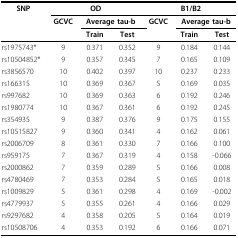
<table><thead><tr><td><b>SNP</b></td><td colspan="3"><b>OD</b></td><td colspan="3"><b>B1/B2</b></td></tr><tr><td></td><td><b>GCVC</b></td><td colspan="2"><b>Average tau-b</b></td><td><b>GCVC</b></td><td colspan="2"><b>Average tau-b</b></td></tr><tr><td></td><td></td><td><b>Train</b></td><td><b>Test</b></td><td></td><td><b>Train</b></td><td><b>Test</b></td></tr></thead><tbody><tr><td>rs1975743*</td><td>9</td><td>0.371</td><td>0.352</td><td>9</td><td>0.184</td><td>0.144</td></tr><tr><td>rs10504852*</td><td>9</td><td>0.357</td><td>0.345</td><td>7</td><td>0.165</td><td>0.109</td></tr><tr><td>rs3856570</td><td>10</td><td>0.402</td><td>0.397</td><td>10</td><td>0.237</td><td>0.233</td></tr><tr><td>rs166315</td><td>10</td><td>0.369</td><td>0.367</td><td>5</td><td>0.169</td><td>0.035</td></tr><tr><td>rs997682</td><td>10</td><td>0.369</td><td>0.363</td><td>6</td><td>0.192</td><td>0.246</td></tr><tr><td>rs1980774</td><td>10</td><td>0.367</td><td>0.361</td><td>6</td><td>0.192</td><td>0.245</td></tr><tr><td>rs354935</td><td>9</td><td>0.387</td><td>0.376</td><td>9</td><td>0.175</td><td>0.155</td></tr><tr><td>rs10515827</td><td>9</td><td>0.360</td><td>0.341</td><td>4</td><td>0.162</td><td>0.061</td></tr><tr><td>rs2006709</td><td>8</td><td>0.361</td><td>0.330</td><td>7</td><td>0.166</td><td>0.100</td></tr><tr><td>rs959175</td><td>7</td><td>0.367</td><td>0.319</td><td>4</td><td>0.158</td><td>-0.066</td></tr><tr><td>rs2000862</td><td>7</td><td>0.359</td><td>0.289</td><td>5</td><td>0.166</td><td>0.008</td></tr><tr><td>rs4780469</td><td>7</td><td>0.353</td><td>0.284</td><td>5</td><td>0.165</td><td>0.018</td></tr><tr><td>rs1009829</td><td>5</td><td>0.361</td><td>0.298</td><td>4</td><td>0.169</td><td>-0.002</td></tr><tr><td>rs4779937</td><td>5</td><td>0.355</td><td>0.261</td><td>4</td><td>0.166</td><td>0.029</td></tr><tr><td>rs9297682</td><td>4</td><td>0.358</td><td>0.205</td><td>5</td><td>0.164</td><td>0.019</td></tr><tr><td>rs10508706</td><td>4</td><td>0.353</td><td>0.192</td><td>6</td><td>0.166</td><td>0.071</td></tr></tbody></table>